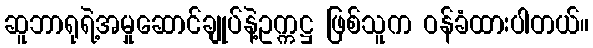
ဆူဘာရုရဲ့အမှုဆောင်ချုပ်နဲ့ဥက္ကဋ္ဌ ဖြစ်သူက ဝန်ခံထားပါတယ်။